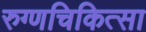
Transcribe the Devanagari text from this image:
रुग्णचिकित्सा